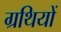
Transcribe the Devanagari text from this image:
ग्रथियों